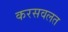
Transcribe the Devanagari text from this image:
करसवलत